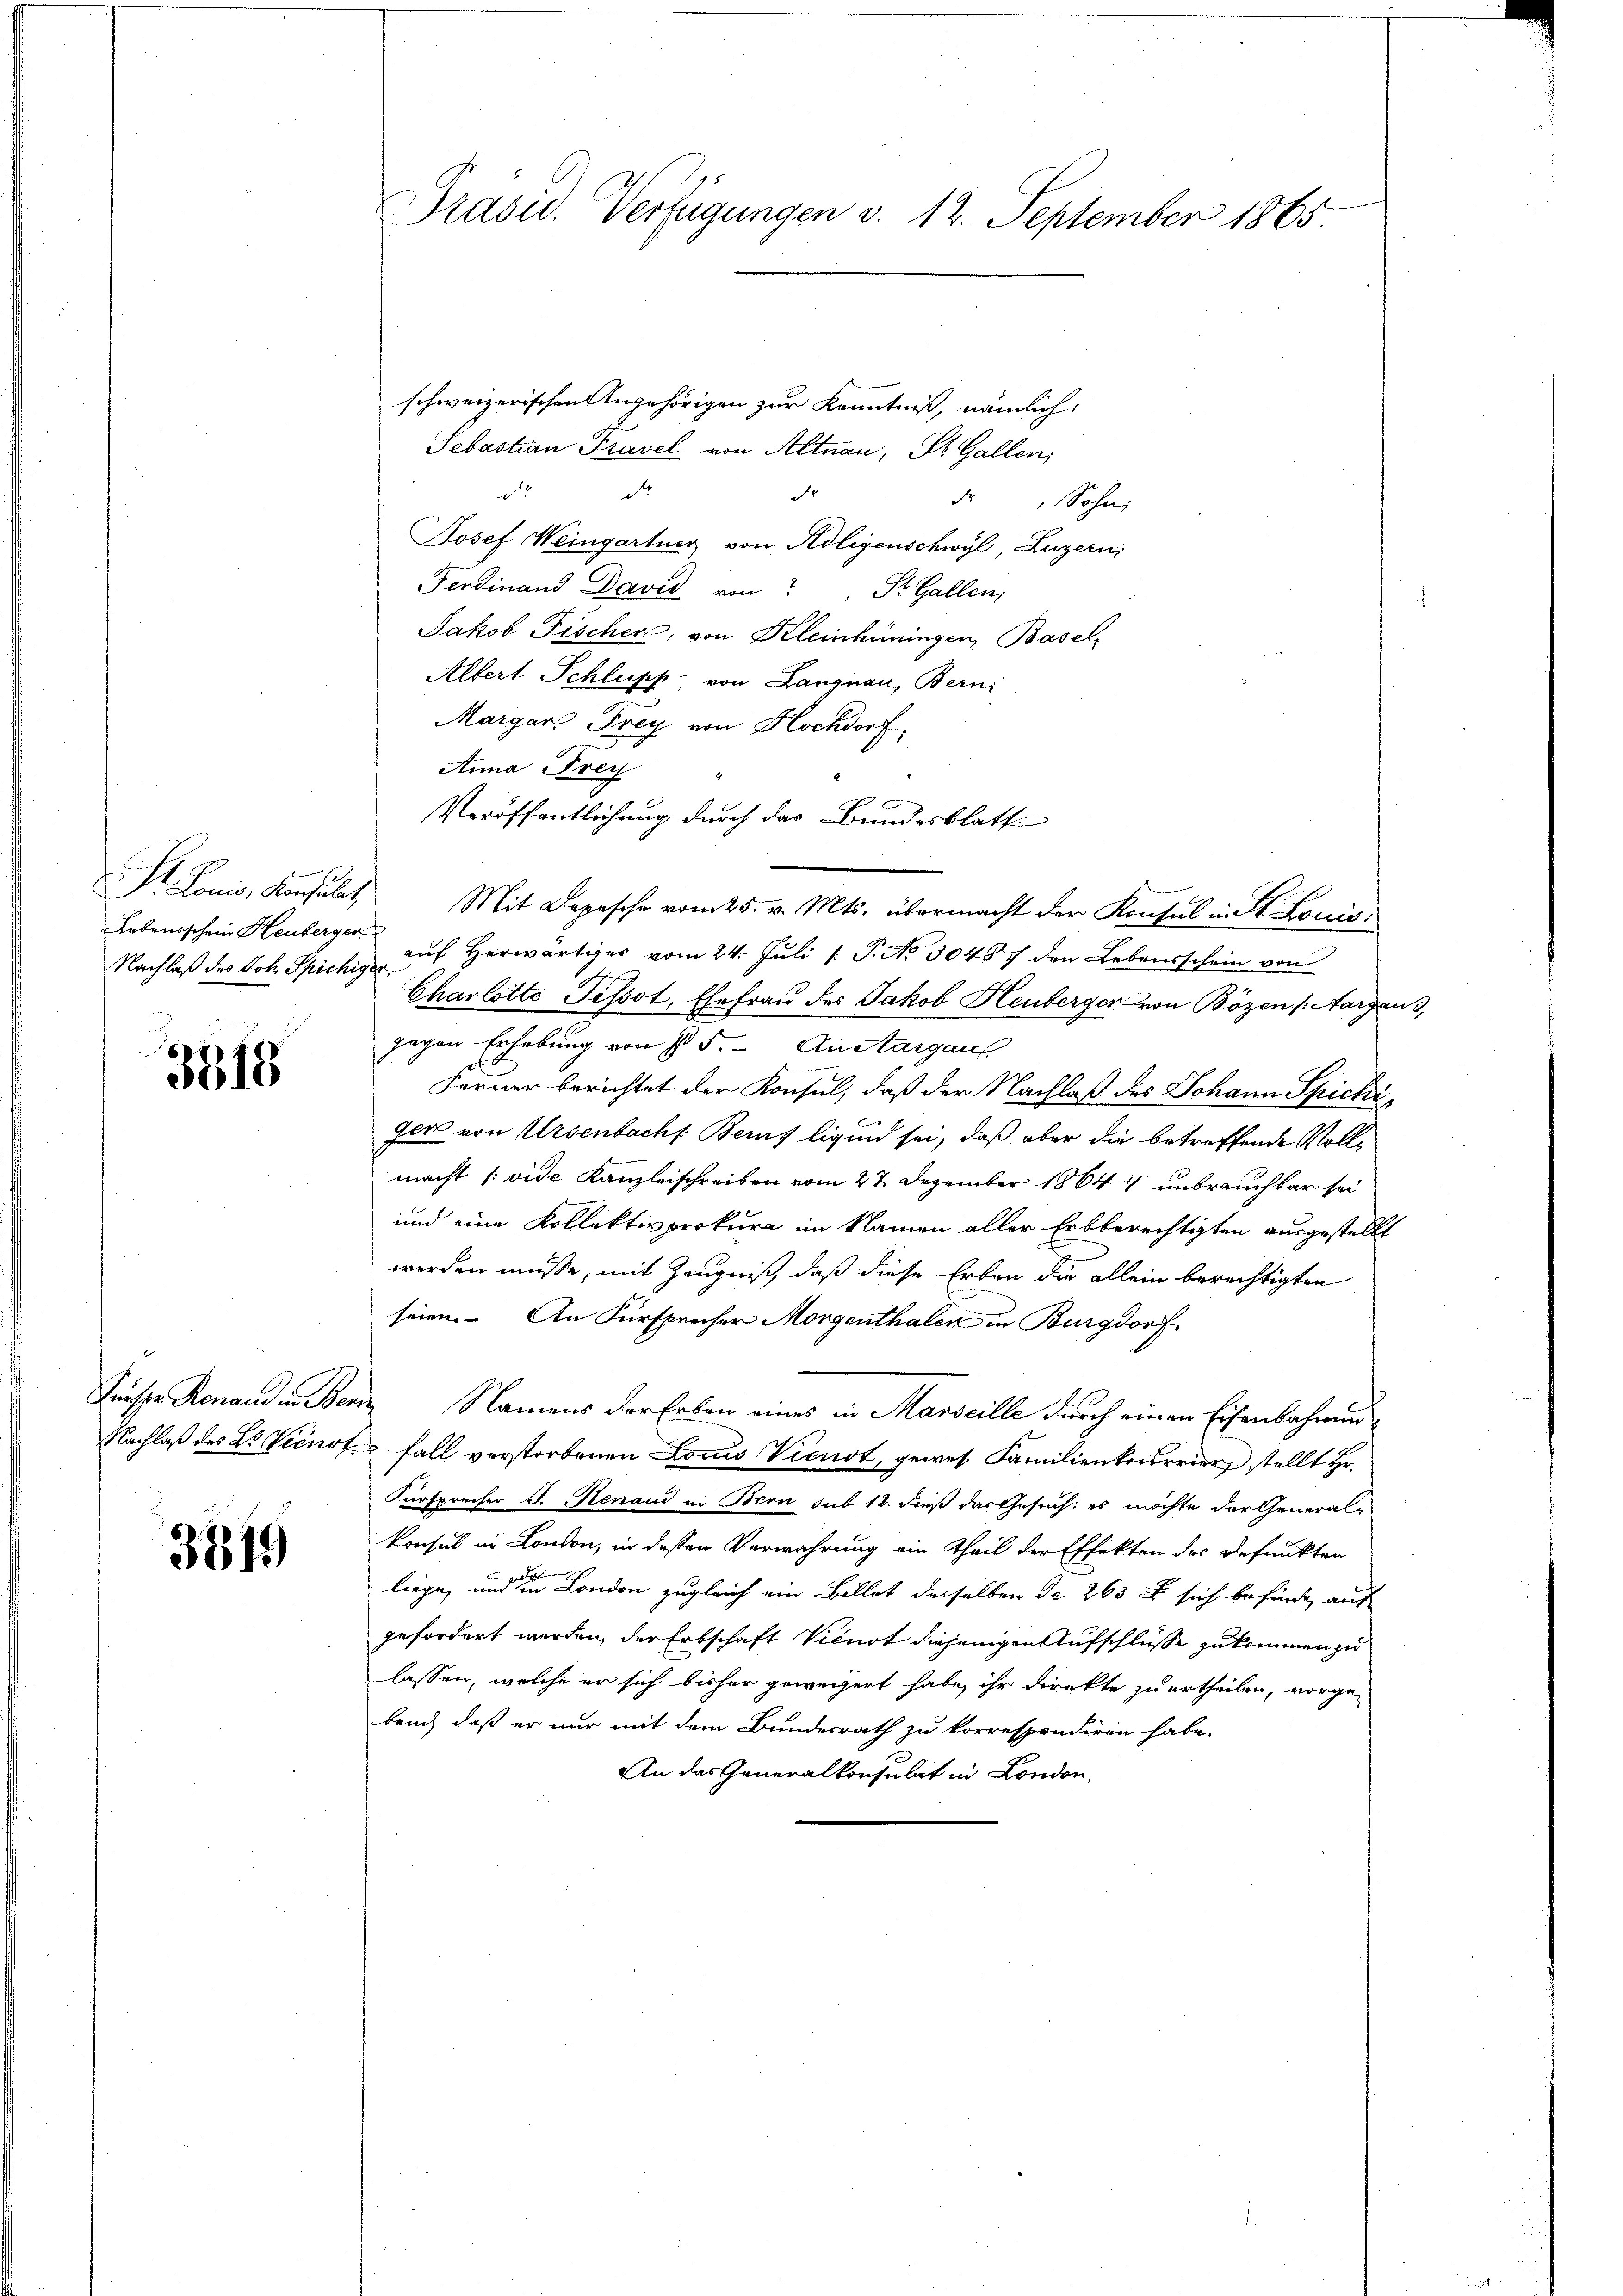
Lebensschein Heuberger
Nachlaß des Joh. Spichiger,

3915

schweizerischen Angehörigen zur Kenntniß, nämlich,
Sebastian Pravel von Altnau, Dr. Gallen;
de
d
d
dr Sohn,
Josef Weingartner von Adligenschwyl, Luzern,
Ferdinand David von St. Gallen,
Jakob Fischer, von Kleinhüningen, Basel,
Albert Schlupp von Langnau, Bern:
Margare Frey von Hochdorf
Anna Frey
auf Herwärtiges vom 24. Juli [ P. No. 50487 den Lebensschein von
Charlotte Tissot, Ehefrau des Jakob Heuberger von Bözen (Aargau,
gegen Erhebung von § 5. An Aargaus
Ferner berichtet der Konsul, daß der Nachlaß des Johann Spichiger von Ursenbachs Benz ligen sei, daß aber die betreffende Vollmacht /: vide Kanzleischreiben vom 27. Dezember 1864 unbrauchbar sei
und eine Kollektivprokura im Namen aller Erbberechtigten ausgestellt
werden müsse, mit Zeugniß, daß diese Erbau die allein berechtigten
seien. An Fürsprecher Morgenthalen in Burgdorf
Fürspr. Konand in Benz Namens der Erben eines in Marseille durch einen Eisenbahnung
Nachlaß des L. Vicnof fall verstorbenen Locus Vienst, gewes. Familienkorrier stellt Hr.
Fürspracher J. Renaud in Bern sub 12. dieß das Gesuch: es möchte der General-
konsul in London, in dessen Verwahrung ein Theil der Effekten des Befunkten
liege, und in London zugleich ein Billet derselben de 263 f sich befinde auf
gefordert werden, der Erbschaft Vicnot diejenigen Aufschlüsse zukommen zu
lassen, welche er sich bisher geweigert habe, ihr direkte zu ertheilen, vorge-
bend, daß er nur mit dem Bundesrath zu korrespondiren habe.
An das Generalkonsulat in London,

3819

Präsid. Verfügungen v. 12. September 1865.

Veröffentlichung durch das Bundesblatt
 Louis, Konsulat, Mit Depesche vom 25. v. Mts. übermacht der Konsul in St. Louis